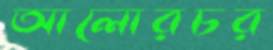
আলোরচর